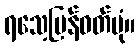
ရသေ့ပြန်ဝတ်ပုံ။